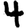
Digit: 4